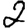
Digit: 2